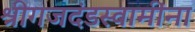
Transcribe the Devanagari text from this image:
श्रीगजदंडस्वामींना